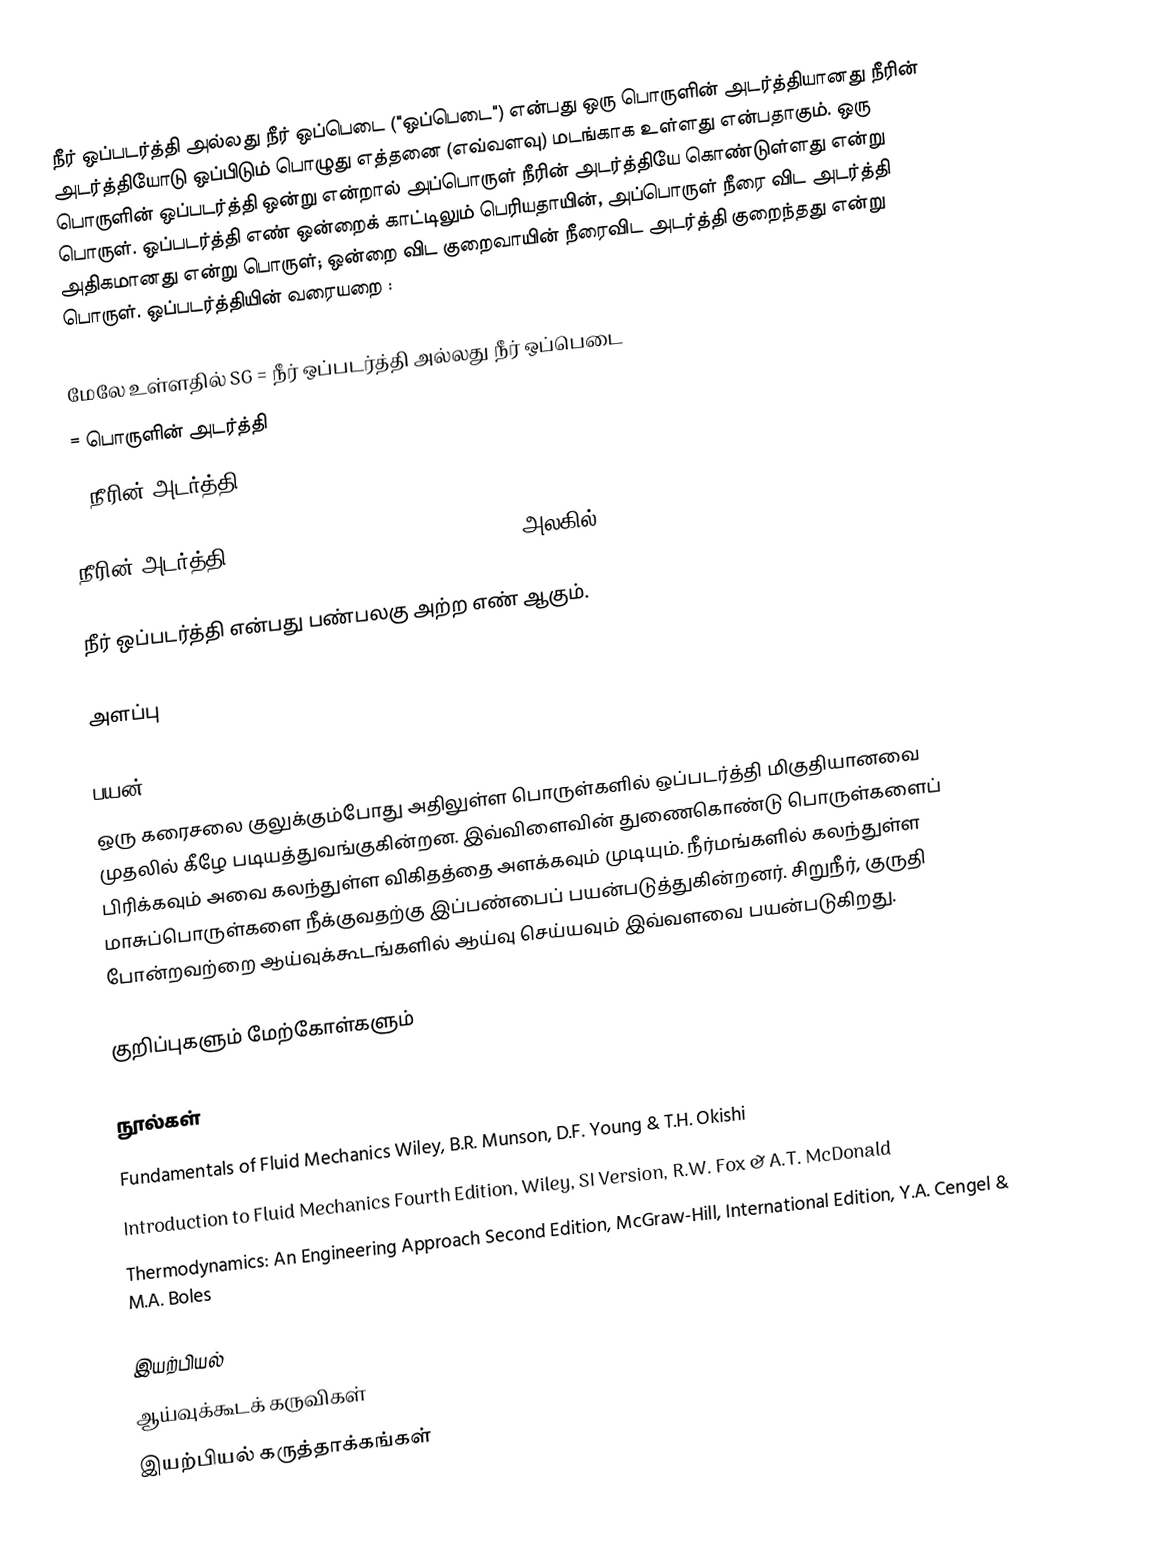
நீர் ஒப்படர்த்தி அல்லது நீர் ஒப்பெடை ("ஒப்பெடை") என்பது ஒரு பொருளின் அடர்த்தியானது நீரின் அடர்த்தியோடு ஒப்பிடும் பொழுது எத்தனை (எவ்வளவு) மடங்காக உள்ளது என்பதாகும். ஒரு பொருளின் ஒப்படர்த்தி  ஒன்று என்றால் அப்பொருள் நீரின் அடர்த்தியே கொண்டுள்ளது என்று பொருள். ஒப்படர்த்தி எண் ஒன்றைக் காட்டிலும் பெரியதாயின், அப்பொருள் நீரை விட அடர்த்தி அதிகமானது என்று பொருள்; ஒன்றை விட குறைவாயின் நீரைவிட அடர்த்தி குறைந்தது என்று பொருள். ஒப்படர்த்தியின் வரையறை :

மேலே உள்ளதில் SG = நீர் ஒப்படர்த்தி  அல்லது நீர் ஒப்பெடை
 = பொருளின் அடர்த்தி
 = நீரின் அடர்த்தி.

நீரின் அடர்த்தி  = 1000 kg·m−3 (at 4 °C/39.2 °F)  SI அலகில்.

நீர் ஒப்படர்த்தி என்பது பண்பலகு அற்ற எண் ஆகும்.

அளப்பு

பயன்
ஒரு கரைசலை குலுக்கும்போது அதிலுள்ள பொருள்களில் ஒப்படர்த்தி மிகுதியானவை முதலில் கீழே படியத்துவங்குகின்றன. இவ்விளைவின் துணைகொண்டு பொருள்களைப் பிரிக்கவும் அவை கலந்துள்ள விகிதத்தை அளக்கவும் முடியும். நீர்மங்களில் கலந்துள்ள மாசுப்பொருள்களை நீக்குவதற்கு இப்பண்பைப் பயன்படுத்துகின்றனர். சிறுநீர், குருதி போன்றவற்றை ஆய்வுக்கூடங்களில் ஆய்வு செய்யவும் இவ்வளவை பயன்படுகிறது.

குறிப்புகளும் மேற்கோள்களும்

நூல்கள்
 Fundamentals of Fluid Mechanics Wiley, B.R. Munson, D.F. Young & T.H. Okishi
 Introduction to Fluid Mechanics Fourth Edition, Wiley, SI Version, R.W. Fox & A.T. McDonald
 Thermodynamics: An Engineering Approach Second Edition, McGraw-Hill, International Edition, Y.A. Cengel & M.A. Boles

இயற்பியல்
ஆய்வுக்கூடக் கருவிகள்
இயற்பியல் கருத்தாக்கங்கள்